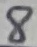
Text: 8